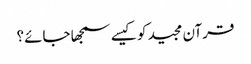
قرآن مجید کو کیسے سمجھا جائے؟